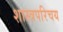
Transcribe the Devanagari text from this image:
शास्त्रपरिचय